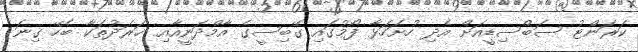
ކަރަންޓު ސަބްސިޑީއަށް އެދި ހުށަހަޅާ ފޯމުގައި ގޭބިސީގެ އާމްދަނީއާއި ޚަރަދުތަކާ ބެހޭ ގިނަ